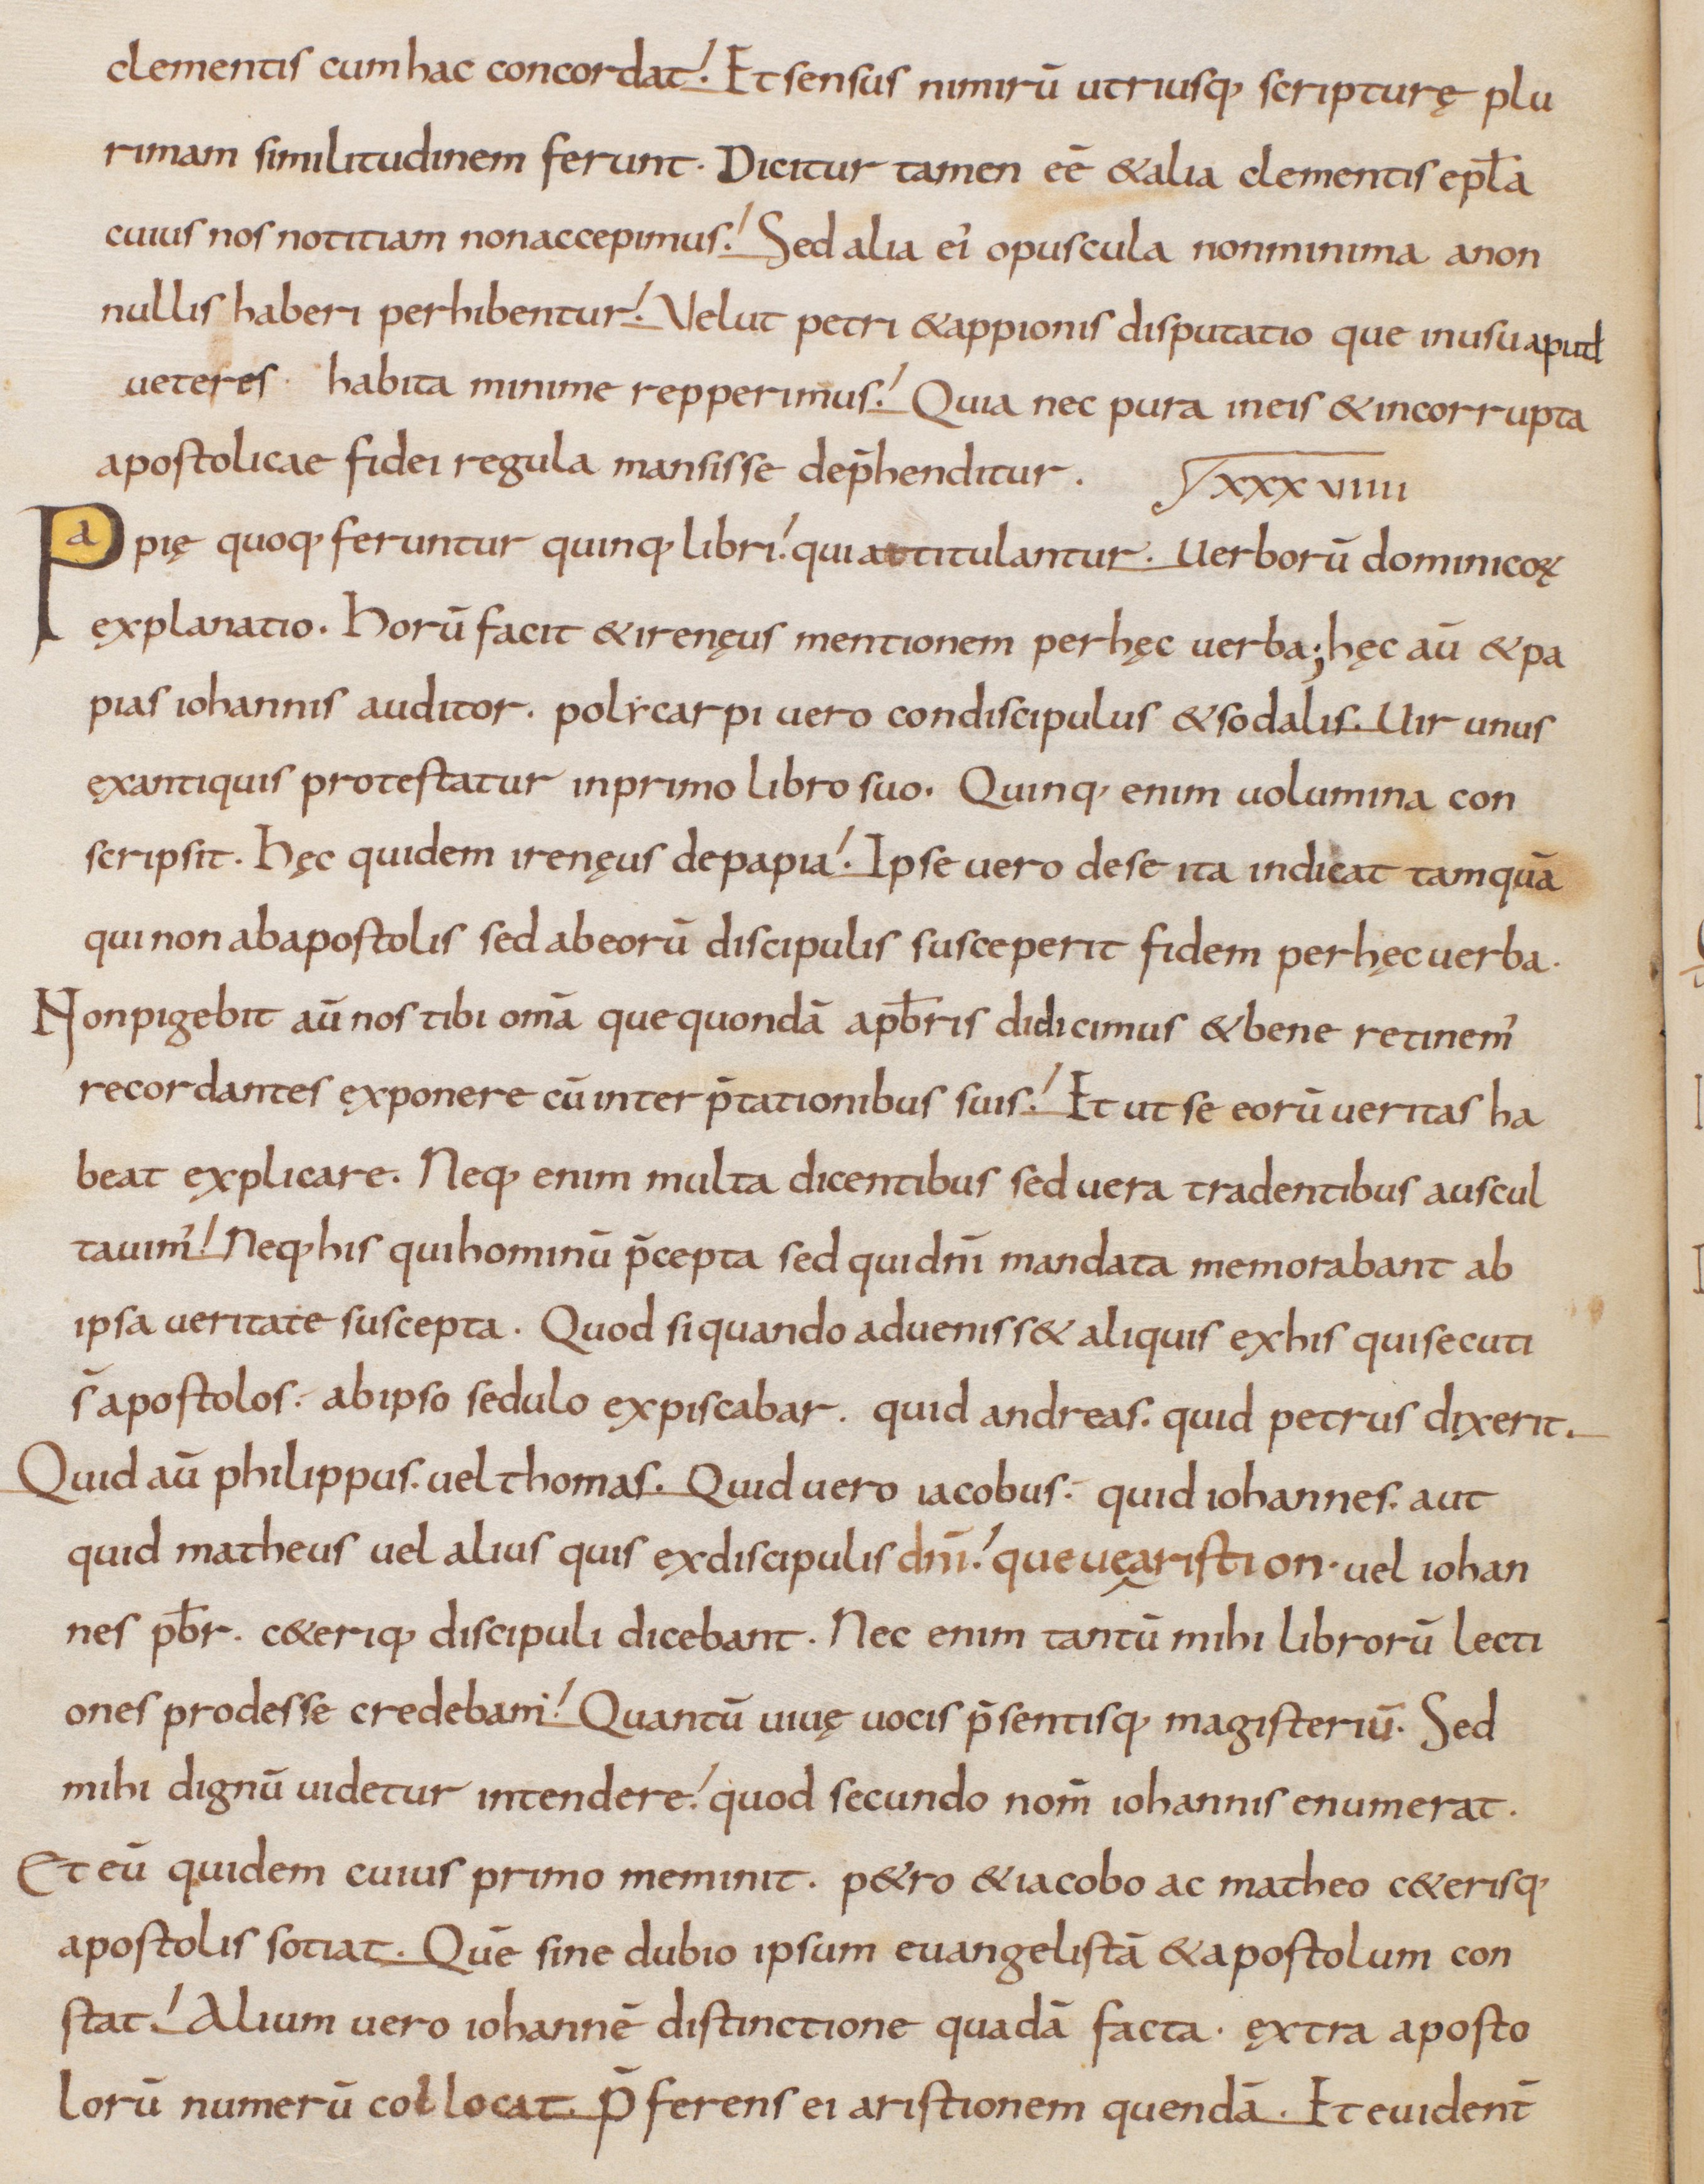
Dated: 833–865